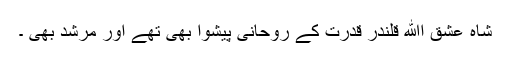
شاہ عشق اﷲ قلندر قدرت کے روحانی پیشوا بھی تھے اور مرشد بھی ۔